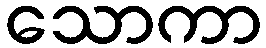
သောကာ